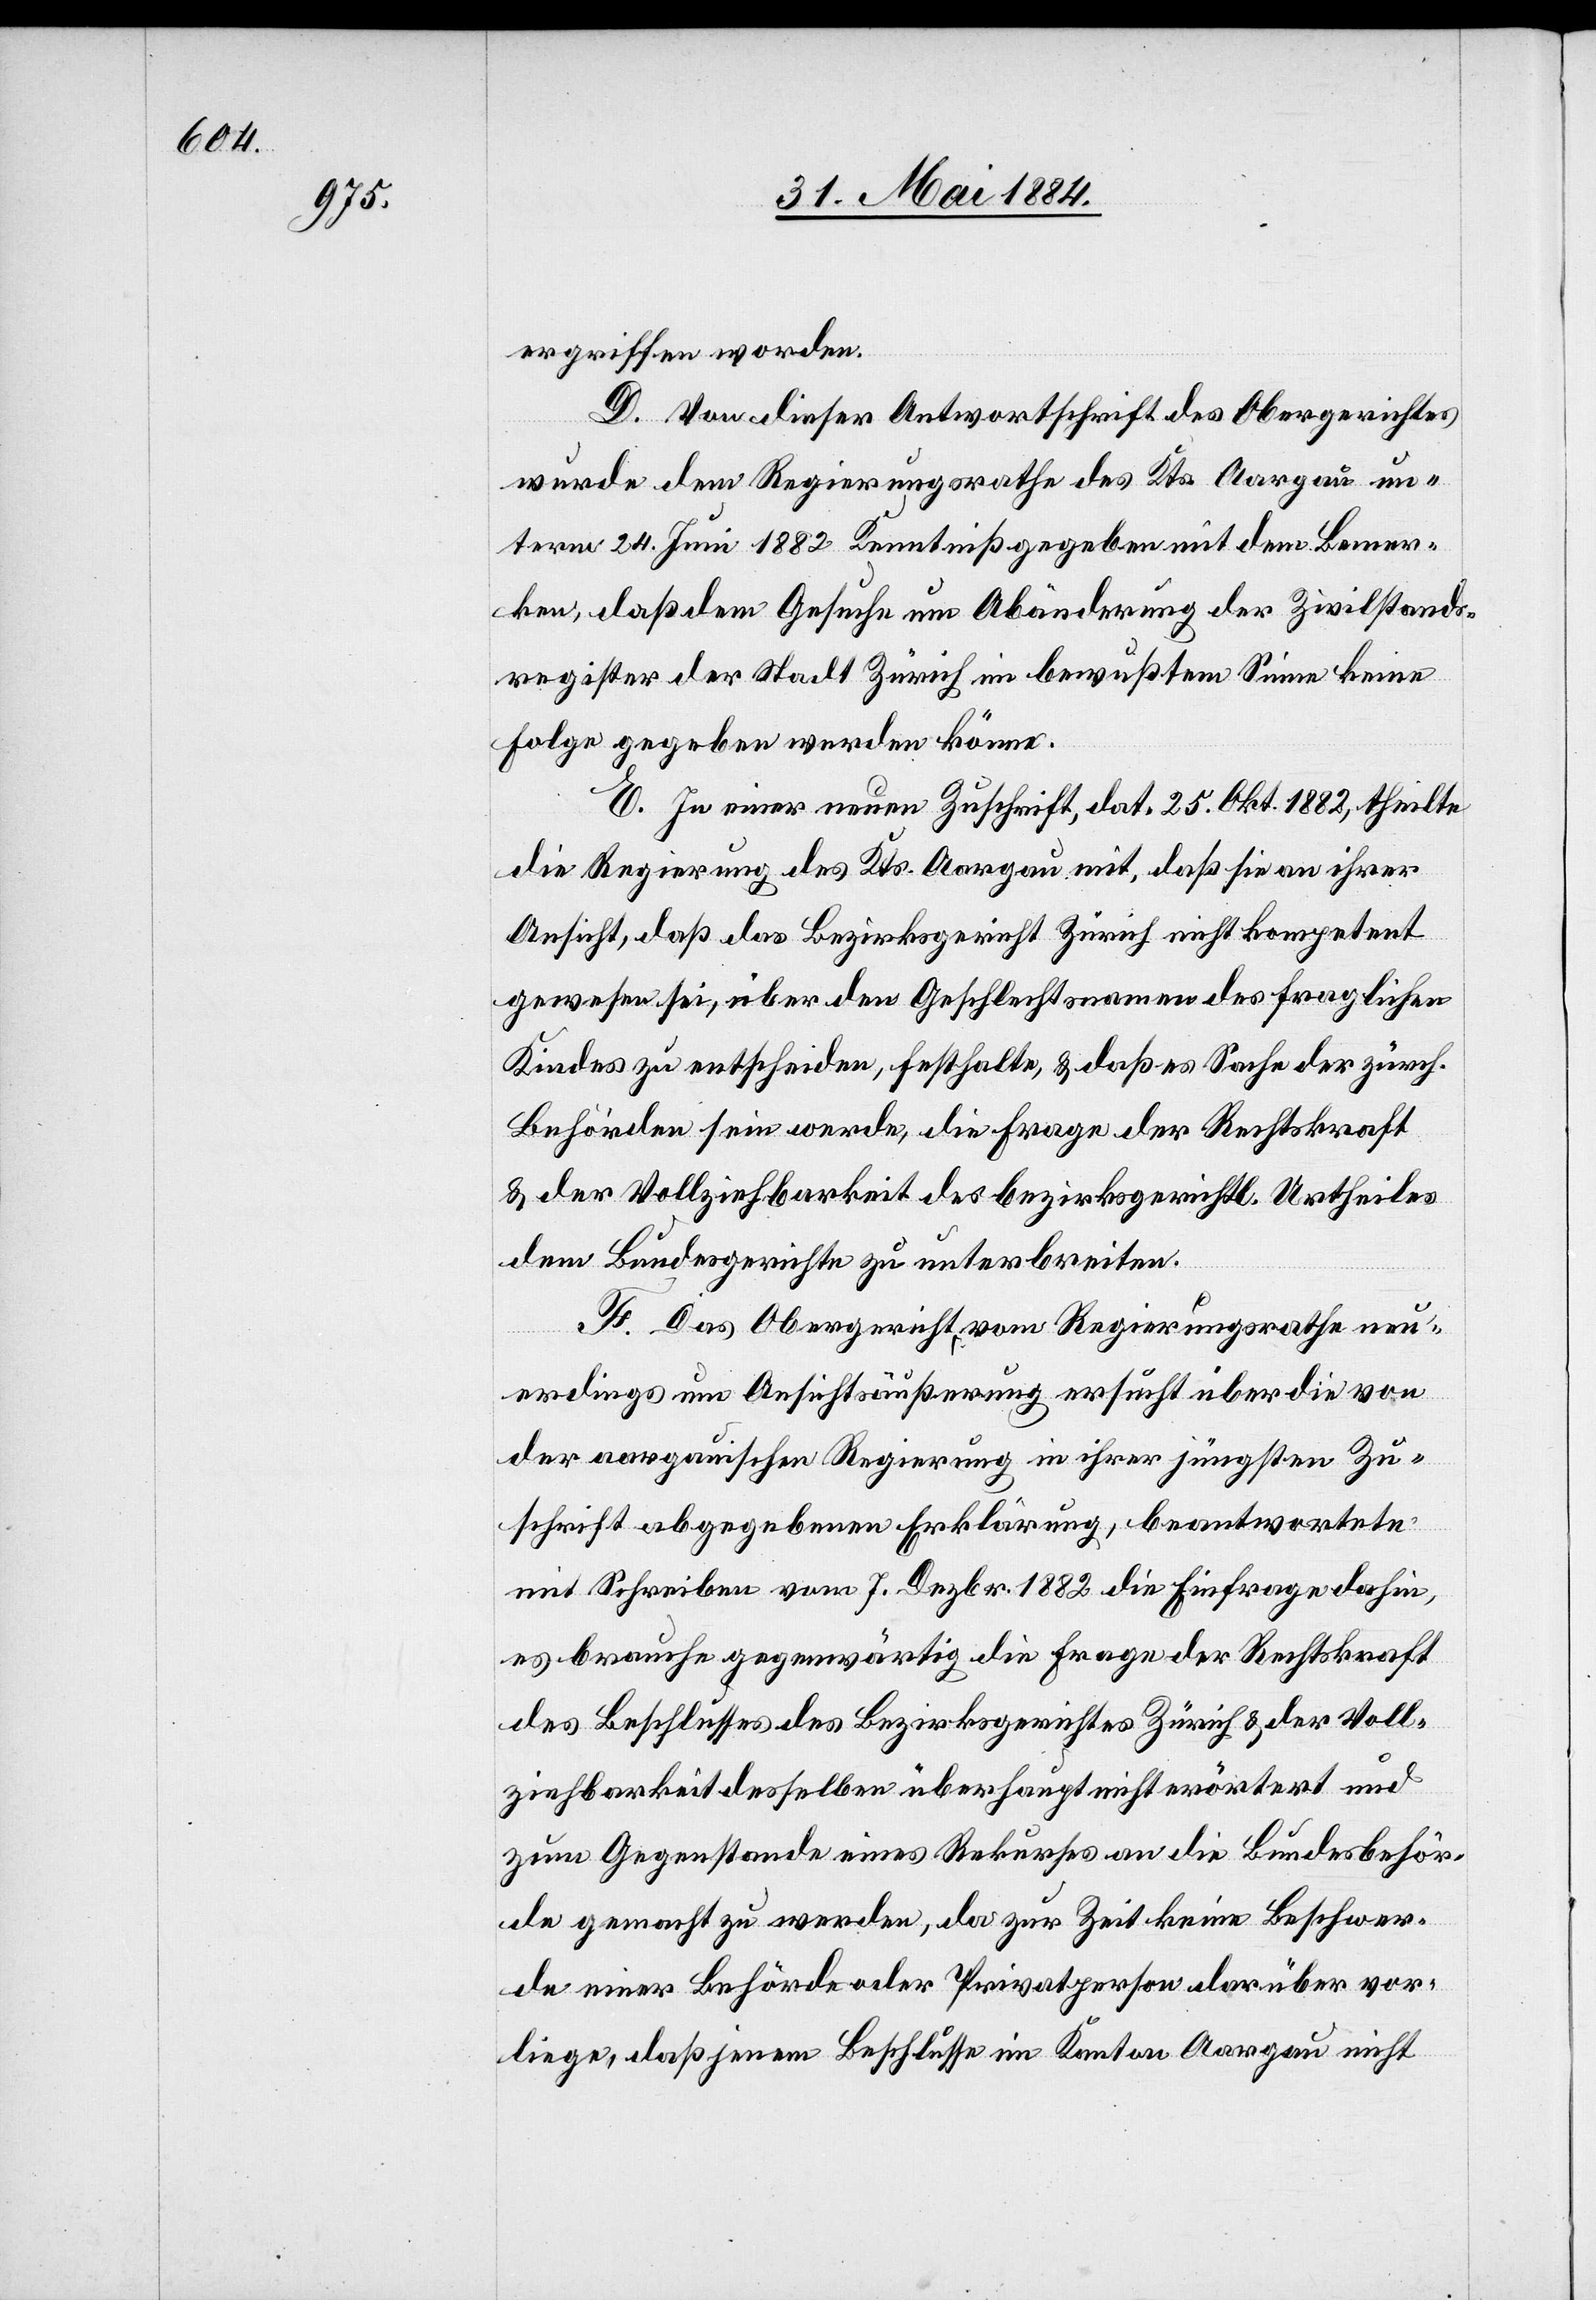
ergriffen worden.
D. Von dieser Antwortschrift des Obergerichtes
wurde dem Regierungsrathe des Kts. Aargau un¬
term 24. Juni 1882 Kenntniß gegeben mit dem Bemer¬
ken, daß dem Gesuche um Abänderung der Zivilstands¬
register der Stadt Zürich im bewußten Sinne keine
Folge gegeben werden könne.
E. In einer neuen Zuschrift dat. 25. Okt. 1882, theilte
die Regierung des Kts. Aargau mit, daß sie an ihrer
Ansicht, daß das Bezirksgericht Zürich nicht kompetent
gewesen sei, über den Geschlechtsnamen des fraglichen
Kindes zu entscheiden, festhalte, & daß es Sache der zürch.
Behörden sein werde, die Frage der Rechtskraft
& der Vollziehbarkeit des bezirksgerichtl. Urtheiles
dem Bundesgerichte zu unterbreiten.
F. Das Obergericht vom Regierungsrathe neu¬
erdings um Ansichtsäußerung ersucht über die von
der aargauischen Regierung in ihrer jüngsten Zu¬
schrift abgegebenen Erklärung, beantwortete
mit Schreiben vom 7. Dezbr. 1882 die Einfrage dahin,
es brauche gegenwärtig die Frage der Rechtskraft
des Beschlusses des Bezirksgerichtes Zürich & der Voll¬
ziehbarkeit desselben überhaupt nicht erörtert und
zum Gegenstande eines Rekurses an die Bundesbehör¬
de gemacht zu werden, da zur Zeit keine Beschwer¬
de einer Behörde oder Privatperson darüber vor¬
liege, daß jenem Beschlusse im Kanton Aargau nicht